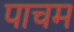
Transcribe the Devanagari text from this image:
पाचम